Vaccination Hyderabad 1872-1889 - 1872-1889
Year: 1872
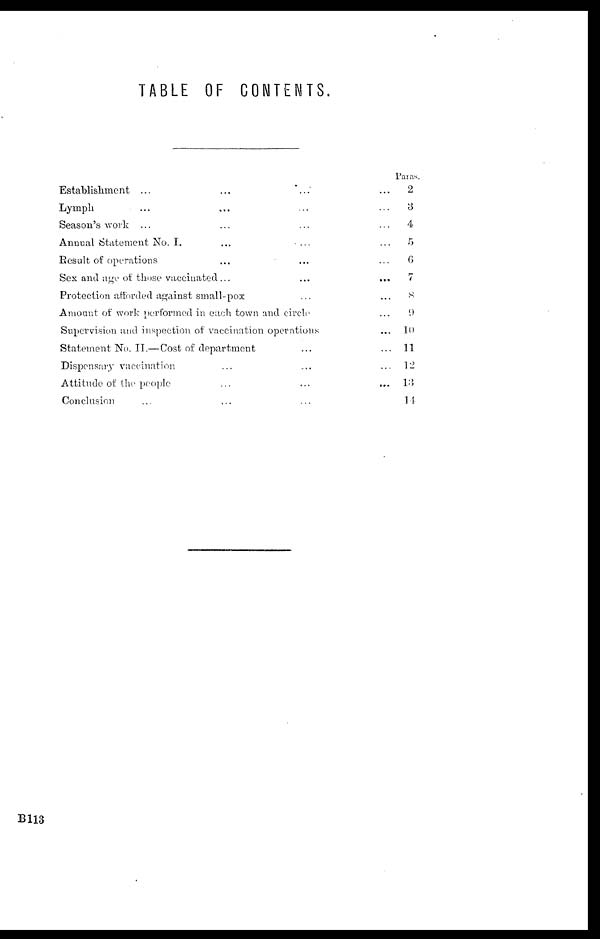
TABLE OF CONTENTS.
Establishment ... ... ... ...
Lymph
... ... ... ...
Season's work ... ... ... ...
Annual Statement No. I. ... ... ...
Result of operations ... ... ...
Sex and age of those vaccinated ... ... ...
Protection afforded against small-pox ... ...
Amount of work performed in each town and circle ...
Supervision and inspection of vaccination operations ...
Statement No.II.—Cost of department ... ...
Dispensary vaccination ... ... ...
Attitude of the people ... ... ...
Conclusion ... ... ... ...
Paras.
2
3
4
5
6
7
8
9
10
11
12
13
14
B113